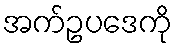
အက်ဥပဒေကို